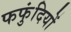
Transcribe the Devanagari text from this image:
फफुंदियों